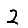
Digit: 2